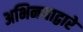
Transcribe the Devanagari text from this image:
अभिनयाद्वारे